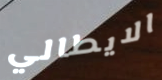
الايطالي